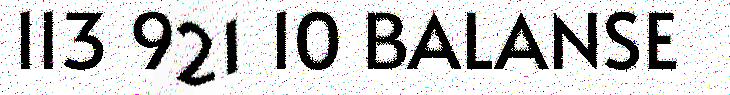
113 921 10 BALANSE